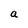
Character: a